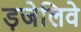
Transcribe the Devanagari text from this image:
ड़जेलिवे